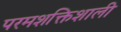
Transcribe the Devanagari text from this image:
परमशक्तिशाली